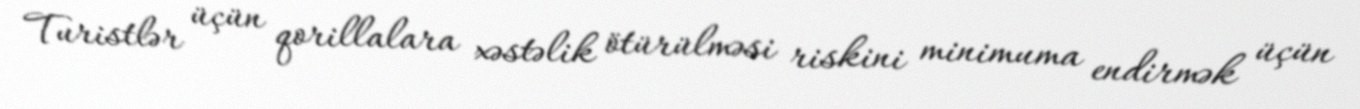
Turistlər üçün qorillalara xəstəlik ötürülməsi riskini minimuma endirmək üçün